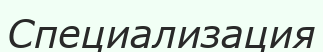
Специализация